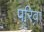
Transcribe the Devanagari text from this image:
परिवा